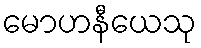
မောဟနီယေသု